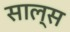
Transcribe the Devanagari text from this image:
साल्स